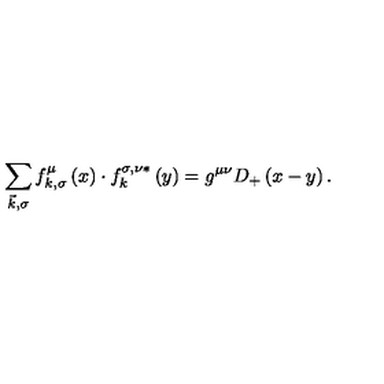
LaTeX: \sum _ { \vec { k } , \sigma } f _ { k , \sigma } ^ { \mu } \left( x \right) \cdot f _ { k } ^ { \sigma , \nu * } \left( y \right) = g ^ { \mu \nu } D _ { + } \left( x - y \right) .